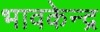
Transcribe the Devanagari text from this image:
भावकेन्द्र